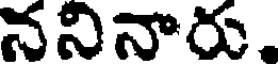
ననినారు.